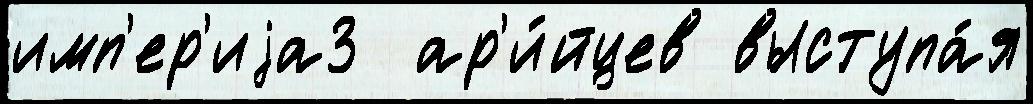
имп'ер'иjа3  ар'и́йцев выступа́я